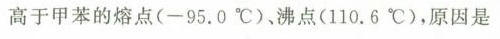
高于甲苯的熔点(-95。0℃)。沸点(110.6℃)，原因是